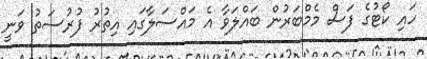
ހައި ކޯޓުގެ ފަސް މެމްބަރުން ބައްލަވާ އެ މައްސަލާގައި އިތުރު ފުރުސަތު ވަނީ